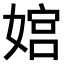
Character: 𫱜